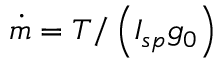
\dot { m } = T / \left( I _ { s p } g _ { 0 } \right)